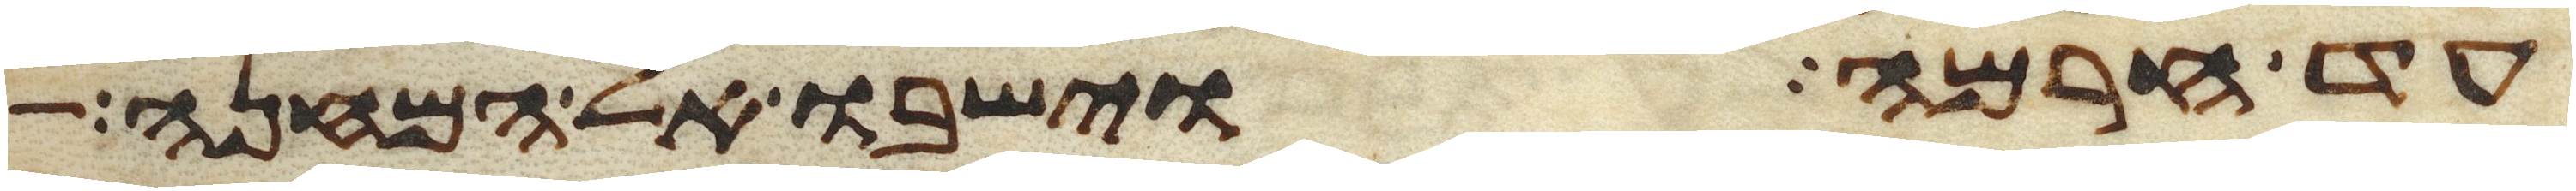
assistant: עד חרמה וישבו אל המחנה